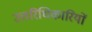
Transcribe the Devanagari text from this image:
उत्तरिधिकारियों